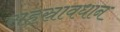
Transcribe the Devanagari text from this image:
सहस्रावधान